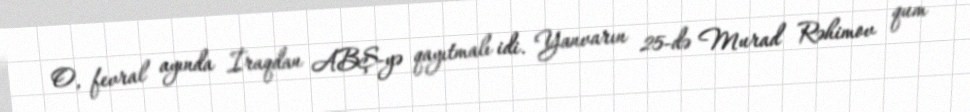
O, fevral ayında İraqdan ABŞ-yə qayıtmalı idi. Yanvarın 25-də Murad Rəhimov qum